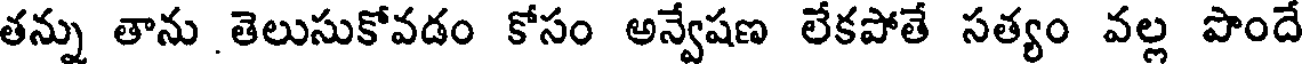
తన్ను తాను తెలుసుకోవడం కోసం అన్వేషణ లేకపోతే సత్యం వల్ల పొందే